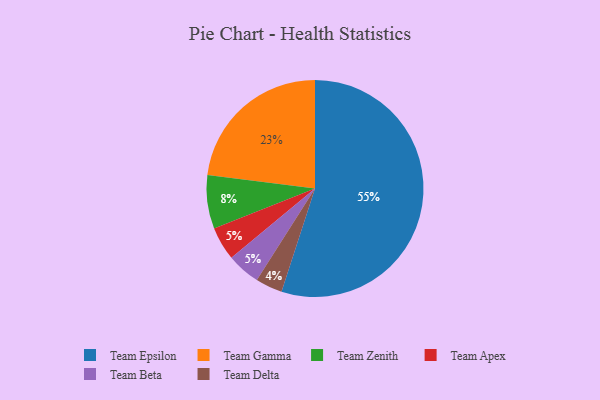
{"axis": {"x": "Category", "y": "Percentage"}, "legend": ["Team Apex", "Team Beta", "Team Delta", "Team Epsilon", "Team Gamma", "Team Zenith"], "data": [{"x": "Team Delta", "y": 4, "type": "Team Delta"}, {"x": "Team Epsilon", "y": 55, "type": "Team Epsilon"}, {"x": "Team Apex", "y": 5, "type": "Team Apex"}, {"x": "Team Beta", "y": 5, "type": "Team Beta"}, {"x": "Team Gamma", "y": 23, "type": "Team Gamma"}, {"x": "Team Zenith", "y": 8, "type": "Team Zenith"}]}